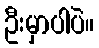
ဦးမှာပါပဲ။